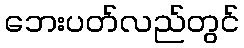
ဘေးပတ်လည်တွင်